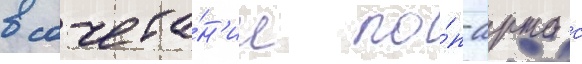
в сочета́н'ии по́п-арта с